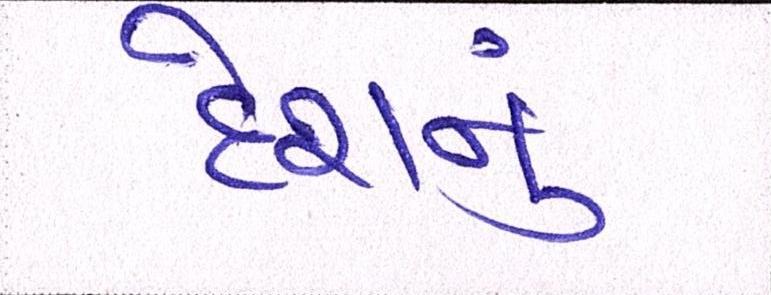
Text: દેશનું